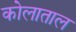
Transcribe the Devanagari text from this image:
कोलाताल